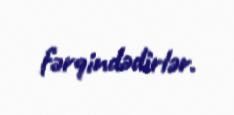
fərqindədirlər.